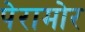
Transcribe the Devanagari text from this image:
पेरामोर